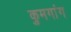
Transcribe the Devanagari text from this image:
कुमगांग